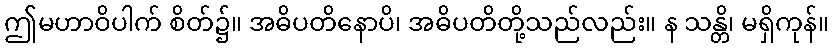
ဤမဟာဝိပါက် စိတ်၌။ အဓိပတိနောပိ၊ အဓိပတိတို့သည်လည်း။ န သန္တိ၊ မရှိကုန်။